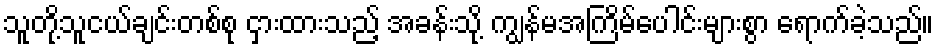
သူတို့သူငယ်ချင်းတစ်စု ငှားထားသည့် အခန်းသို့ ကျွန်မအကြိမ်ပေါင်းများစွာ ရောက်ခဲ့သည်။